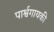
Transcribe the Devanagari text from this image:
पार्श्वगायकी